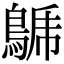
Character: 𪁦